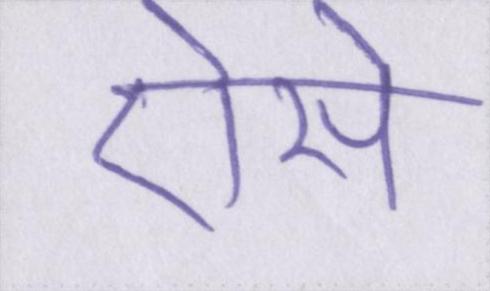
ऐसे